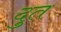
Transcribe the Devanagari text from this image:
दुत